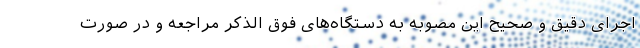
اجرای دقیق و صحیح این مصوبه به دستگاه‌های فوق الذکر مراجعه و در صورت